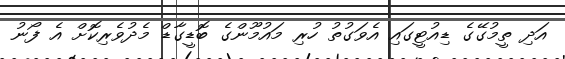
އަދި ތީމުގޭގެ ޑިއުޓީގައި އެވަގުތު ހުރި މައުމޫންގެ ބޮޑީގާޑް މެދުވެރިކޮށް އެ ފޯނު